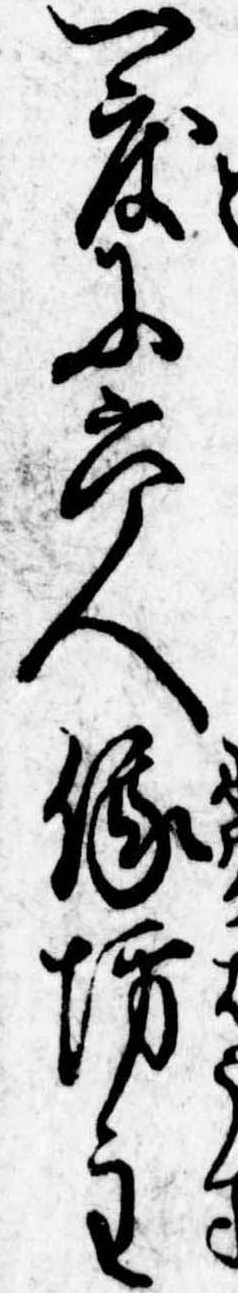
一度に六人俄坊主